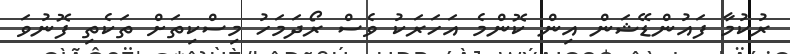
ރުކުމާ ފައުންޑޭޝަން އިން ކޮންމެ އަހަރަކު ވެސް ރޯދަމަހު މިސްކިތަށް ތަކެތި ފޮނުވަ